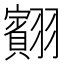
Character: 䎙